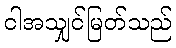
ငါအသျှင်မြတ်သည်